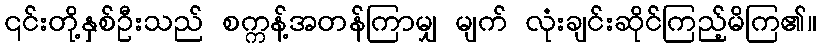
၎င်းတို့နှစ်ဦးသည် စက္ကန့်အတန်ကြာမျှ မျက် လုံးချင်းဆိုင်ကြည့်မိကြ၏။